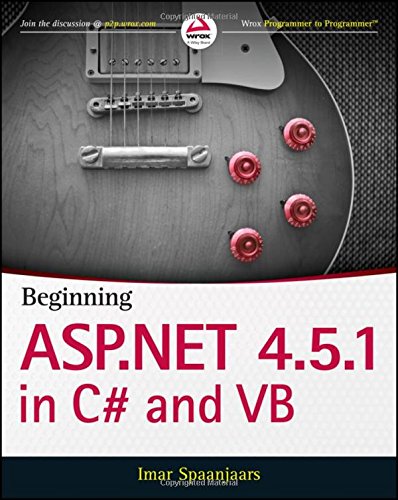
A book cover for Beginning ASP.NET 4.5.1: in C# and VB (Wrox Programmer to Programmer); Imar Spaanjaars; Computers & Technology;